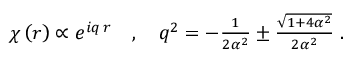
\begin{array} { r } { \chi \left( r \right) \propto e ^ { i q \, r } \quad , \quad q ^ { 2 } = - \frac { 1 } { 2 \alpha ^ { 2 } } \pm \frac { \sqrt { 1 + 4 \alpha ^ { 2 } } } { 2 \alpha ^ { 2 } } \; . } \end{array}